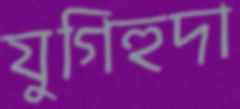
যুগিহুদা